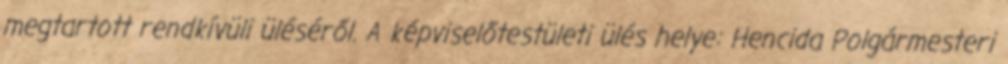
megtartott rendkívüli üléséről. A képviselőtestületi ülés helye: Hencida Polgármesteri